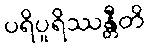
ပရိပူရိဿန္တီတိ